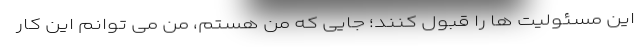
این مسئولیت ها را قبول کنند؛ جایی که من هستم، من می توانم این کار